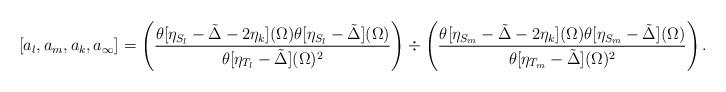
LaTeX: \begin{align*}[a_l,a_m,a_k,a_{\infty}] & = \left( \frac{\theta[\eta_{S_l}-\tilde{\Delta}-2\eta_k](\Omega)\theta[\eta_{S_l}-\tilde{\Delta}](\Omega)}{\theta[\eta_{T_l}-\tilde{\Delta}](\Omega)^2}\right) \div \left(\frac{\theta[\eta_{S_m}-\tilde{\Delta}-2\eta_k](\Omega)\theta[\eta_{S_m}-\tilde{\Delta}](\Omega)}{\theta[\eta_{T_m}-\tilde{\Delta}](\Omega)^2}\right).\end{align*}